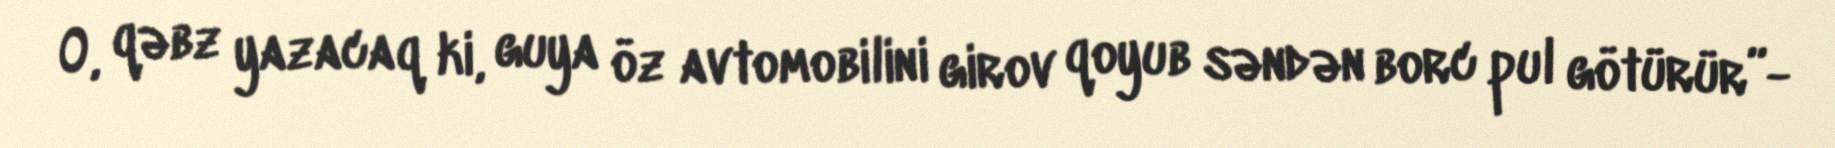
O, qəbz yazacaq ki, guya öz avtomobilini girov qoyub səndən borc pul götürür”-